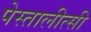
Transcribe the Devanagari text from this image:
पेस्तालीत्सी